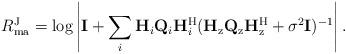
LaTeX: \begin{align*}R_\mathrm{ma}^{\rm J}=\log\left|\mathbf{I}+\sum\limits_i\mathbf{H}_i\mathbf{Q}_i\mathbf{H}_i^\mathrm{H}(\mathbf{H}_\mathrm{z}\mathbf{Q}_\mathrm{z}\mathbf{H}_\mathrm{z}^\mathrm{H} +\sigma^2\mathbf{I})^{-1}\right|.\end{align*}